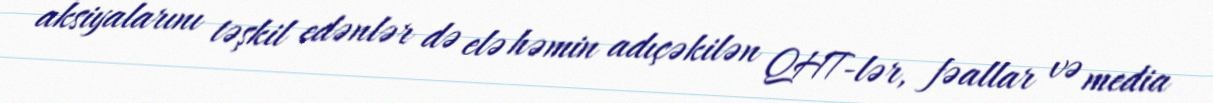
aksiyalarını təşkil edənlər də elə həmin adıçəkilən QHT-lər, fəallar və media